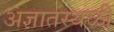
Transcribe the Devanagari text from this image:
अज्ञातस्थळी